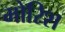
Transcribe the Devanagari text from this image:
मोरिश